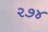
૨૭૪